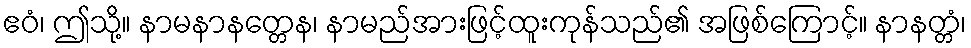
ဧဝံ၊ ဤသို့။ နာမနာနတ္တေန၊ နာမည်အားဖြင့်ထူးကုန်သည်၏ အဖြစ်ကြောင့်။ နာနတ္တံ၊